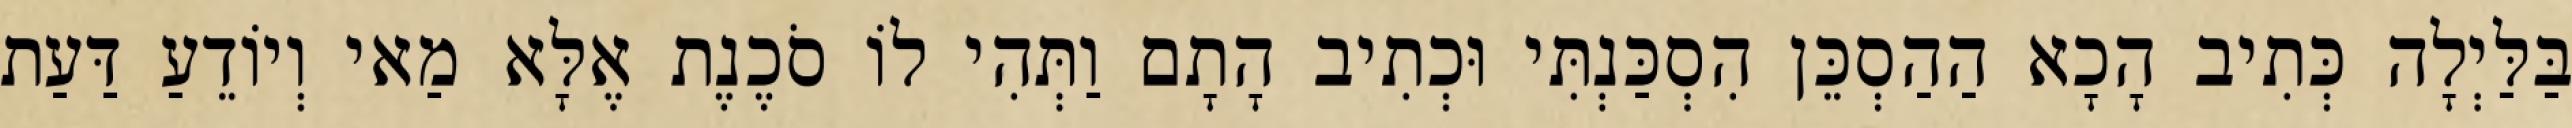
בַּלַּיְלָה כְּתִיב הָכָא הַהַסְכֵּן הִסְכַּנְתִּי וּכְתִיב הָתָם וַתְּהִי לוֹ סֹכֶנֶת אֶלָּא מַאי וְיוֹדֵעַ דַּעַת